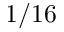
1 / 1 6